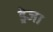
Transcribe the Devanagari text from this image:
ड्रेजा